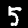
Digit: 5